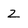
Character: z